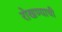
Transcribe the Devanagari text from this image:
रोखण्याची